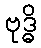
ဗုဒ္ဓိ